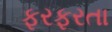
ફરફરતા